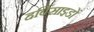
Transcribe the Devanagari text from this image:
हर्बिसाइडों